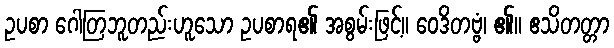
ဥပစာ ဂေါတြဘူတည်းဟူသော ဥပစာရ၏ အစွမ်းဖြင့်။ ဝေဒိတဗ္ဗံ၊ ၏။ ဧသိတတ္တာ